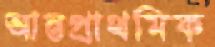
আন্তপ্রাথমিক